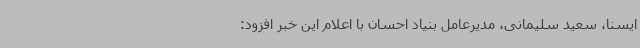
ایسنا، سعید سلیمانی، مدیرعامل بنیاد احسان با اعلام این خبر افزود: